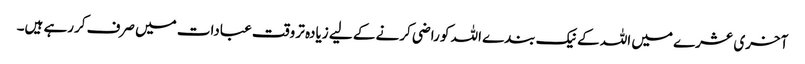
آخری عشرے میں اللہ کے نیک بندے اللہ کو راضی کرنے کے لیے زیادہ تر وقت عبادات میں صرف کررہے ہیں۔